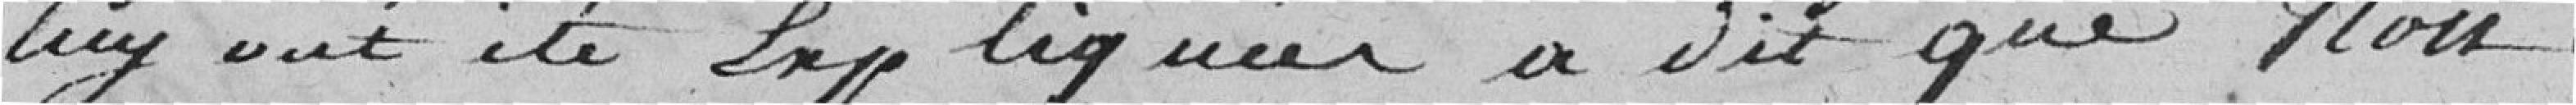
lui ont été expliquées a dit que non.